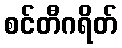
စင်တီဂရိတ်